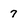
Character: 7